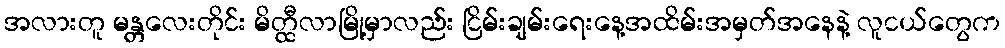
အလားတူ မန္တလေးတိုင်း မိတ္ထီလာမြို့မှာလည်း ငြိမ်းချမ်းရေးနေ့အထိမ်းအမှတ်အနေနဲ့ လူငယ်တွေက